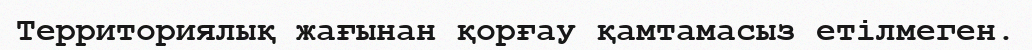
Территориялық жағынан қорғау қамтамасыз етілмеген.